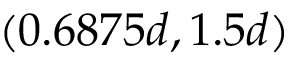
( 0 . 6 8 7 5 d , 1 . 5 d )